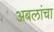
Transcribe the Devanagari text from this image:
अबलांचा